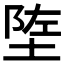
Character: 𬯄